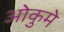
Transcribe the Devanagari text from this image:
ओकुमे